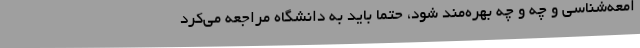
امعه‌شناسی و چه و چه بهره‌مند شود، حتما باید به دانشگاه مراجعه می‌کرد